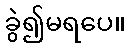
ခွဲ၍မရပေ။